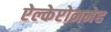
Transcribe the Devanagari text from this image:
ऐल्केप्टोनमेह